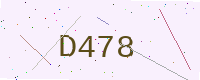
Text: D478